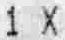
1 X